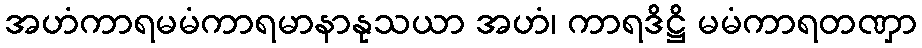
အဟံကာရမမံကာရမာနာနုသယာ အဟံ၊ ကာရဒိဋ္ဌိ မမံကာရတဏှာ